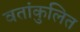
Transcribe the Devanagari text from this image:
वतांकुलित